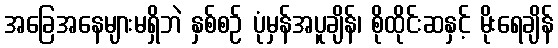
အခြေအနေများမရှိဘဲ နှစ်စဉ် ပုံမှန်အပူချိန်၊ စိုထိုင်းဆနှင့် မိုးရေချိန်